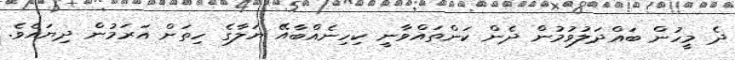
ދެ މީހުން ބައްދަލުވުމުން ދެން ކަންތައްވާނީ ކިހިނެއްބާއޭ ޔަލާގެ ހިތަށް އަރަމުން ދިޔައެވެ.